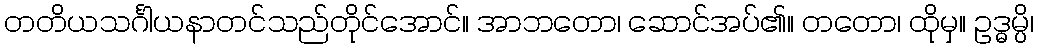
တတိယသင်္ဂါယနာတင်သည်တိုင်အောင်။ အာဘတော၊ ဆောင်အပ်၏။ တတော၊ ထိုမှ။ ဥဒ္ဓမ္ပိ၊